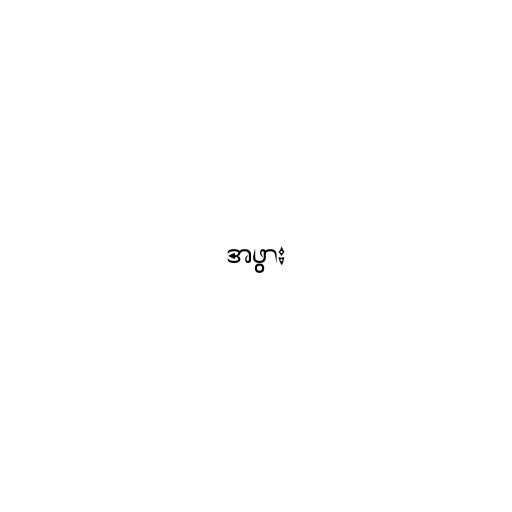
အဖွား